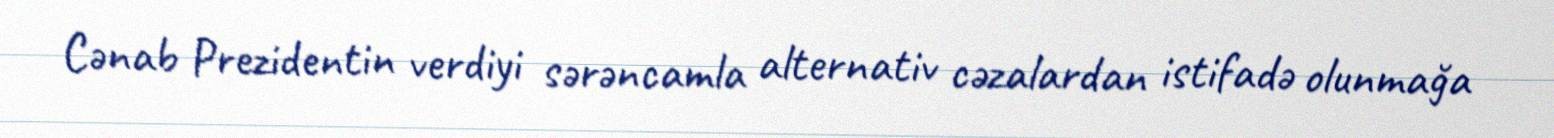
Cənab Prezidentin verdiyi sərəncamla alternativ cəzalardan istifadə olunmağa